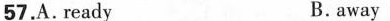
57.A.ready B. away